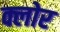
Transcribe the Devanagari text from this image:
क्लोर